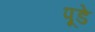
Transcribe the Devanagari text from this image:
पूडे